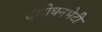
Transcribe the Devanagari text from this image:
संशोधनभेटी